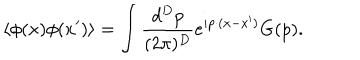
\left< \phi ( x ) \phi ( x ^ { \prime } ) \right> = \int \frac { d ^ { D } p } { ( 2 \pi ) ^ { D } } e ^ { i p \cdot ( x - x ^ { \prime } ) } G ( p ) .